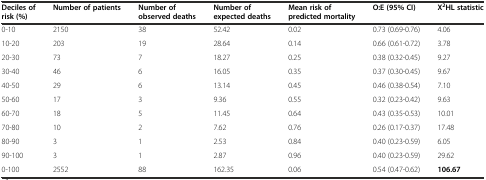
<table><thead><tr><td><b>Deciles of risk (%)</b></td><td><b>Number of patients</b></td><td><b>Number of observed deaths</b></td><td><b>Number of expected deaths</b></td><td><b>Mean risk of predicted mortality</b></td><td><b>O:E (95% CI)</b></td><td><b>X<sup>2</sup>HL statistic</b></td></tr></thead><tbody><tr><td>0-10</td><td>2150</td><td>38</td><td>52.42</td><td>0.02</td><td>0.73 (0.69-0.76)</td><td>4.06</td></tr><tr><td>10-20</td><td>203</td><td>19</td><td>28.64</td><td>0.14</td><td>0.66 (0.61-0.72)</td><td>3.78</td></tr><tr><td>20-30</td><td>73</td><td>7</td><td>18.27</td><td>0.25</td><td>0.38 (0.32-0.45)</td><td>9.27</td></tr><tr><td>30-40</td><td>46</td><td>6</td><td>16.05</td><td>0.35</td><td>0.37 (0.30-0.45)</td><td>9.67</td></tr><tr><td>40-50</td><td>29</td><td>6</td><td>13.14</td><td>0.45</td><td>0.46 (0.38-0.54)</td><td>7.10</td></tr><tr><td>50-60</td><td>17</td><td>3</td><td>9.36</td><td>0.55</td><td>0.32 (0.23-0.42)</td><td>9.63</td></tr><tr><td>60-70</td><td>18</td><td>5</td><td>11.45</td><td>0.64</td><td>0.43 (0.35-0.53)</td><td>10.01</td></tr><tr><td>70-80</td><td>10</td><td>2</td><td>7.62</td><td>0.76</td><td>0.26 (0.17-0.37)</td><td>17.48</td></tr><tr><td>80-90</td><td>3</td><td>1</td><td>2.53</td><td>0.84</td><td>0.40 (0.23-0.59)</td><td>6.05</td></tr><tr><td>90-100</td><td>3</td><td>1</td><td>2.87</td><td>0.96</td><td>0.40 (0.23-0.59)</td><td>29.62</td></tr><tr><td>0-100</td><td>2552</td><td>88</td><td>162.35</td><td>0.06</td><td>0.54 (0.47-0.62)</td><td><b>106.67</b></td></tr></tbody></table>